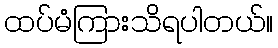
ထပ်မံကြားသိရပါတယ်။